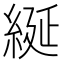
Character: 綖